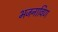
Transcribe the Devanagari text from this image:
भजनाविण